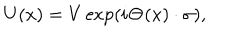
LaTeX: U ( x ) = V \exp ( i { \bf \Theta } ( x ) \cdot { \bf \sigma } ) ,